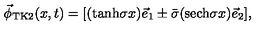
\vec { \phi } _ { \mathrm { T K } 2 } ( x , t ) = [ ( \mathrm { t a n h } \sigma x ) \vec { e } _ { 1 } \pm \bar { \sigma } ( \mathrm { s e c h } \sigma x ) \vec { e } _ { 2 } ] ,